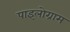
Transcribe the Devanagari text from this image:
पाइलोग्राम